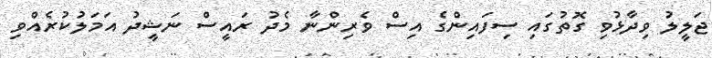
ޖަލީލު ވިދާޅުވި ގޮތުގައި ސިފައިންގެ އިސް ވެރިންނާ މެދު ރައީސް ނަޝީދު އަމަލުކުރެއްވި